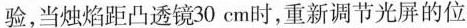
验，当烛焰距凸透镜30cm时，重新调节光屏的位